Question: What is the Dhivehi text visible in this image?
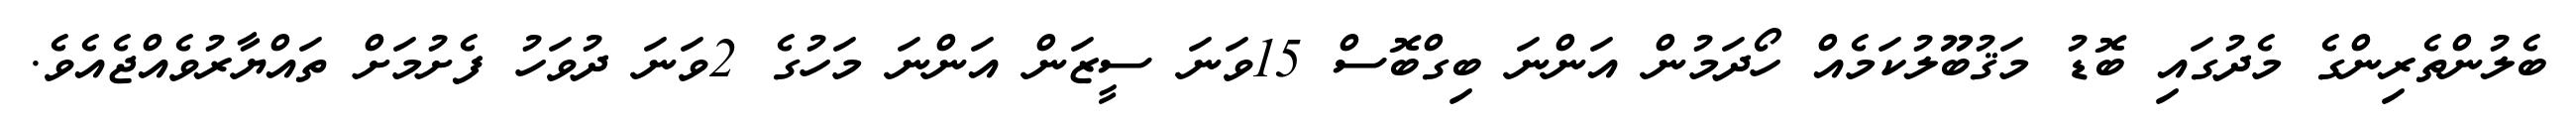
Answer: ބެލުންތެރިންގެ މެދުގައި ބޮޑު މަޤުބޫލުކަމެއް ހޯދަމުން އަންނަ ބިގްބޮސް 15ވަނަ ސީޒަން އަންނަ މަހުގެ 2ވަނަ ދުވަހު ފެށުމަށް ތައްޔާރުވެއްޖެއެވެ.